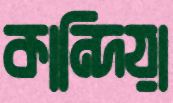
কান্দিয়া